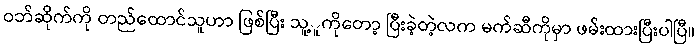
ဝဘ်ဆိုက်ကို တည်ထောင်သူဟာ ဖြစ်ပြီး သူ့ူကိုတော့ ပြီးခဲ့တဲ့လက မက်ဆီကိုမှာ ဖမ်းထားပြီးပါပြီ။